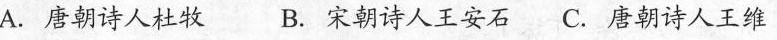
A.唐朝诗人杜牧 B.宋朝诗人王安石 C.唐朝诗人王维